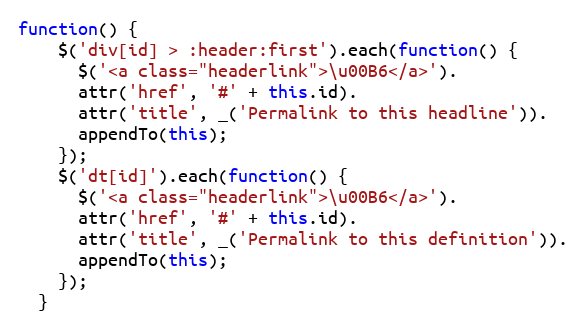
Language: JavaScript
function() {
    $('div[id] > :header:first').each(function() {
      $('<a class="headerlink">\u00B6</a>').
      attr('href', '#' + this.id).
      attr('title', _('Permalink to this headline')).
      appendTo(this);
    });
    $('dt[id]').each(function() {
      $('<a class="headerlink">\u00B6</a>').
      attr('href', '#' + this.id).
      attr('title', _('Permalink to this definition')).
      appendTo(this);
    });
  }